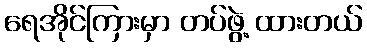
ရေအိုင်ကြားမှာ တပ်ဖွဲ့ ထားတယ်